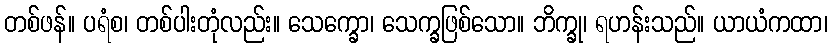
တစ်ဖန်။ ပရံစ၊ တစ်ပါးတုံလည်း။ သေက္ခော၊ သေက္ခဖြစ်သော။ ဘိက္ခု၊ ရဟန်းသည်။ ယာယံကထာ၊